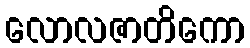
လောလဇာတိကော